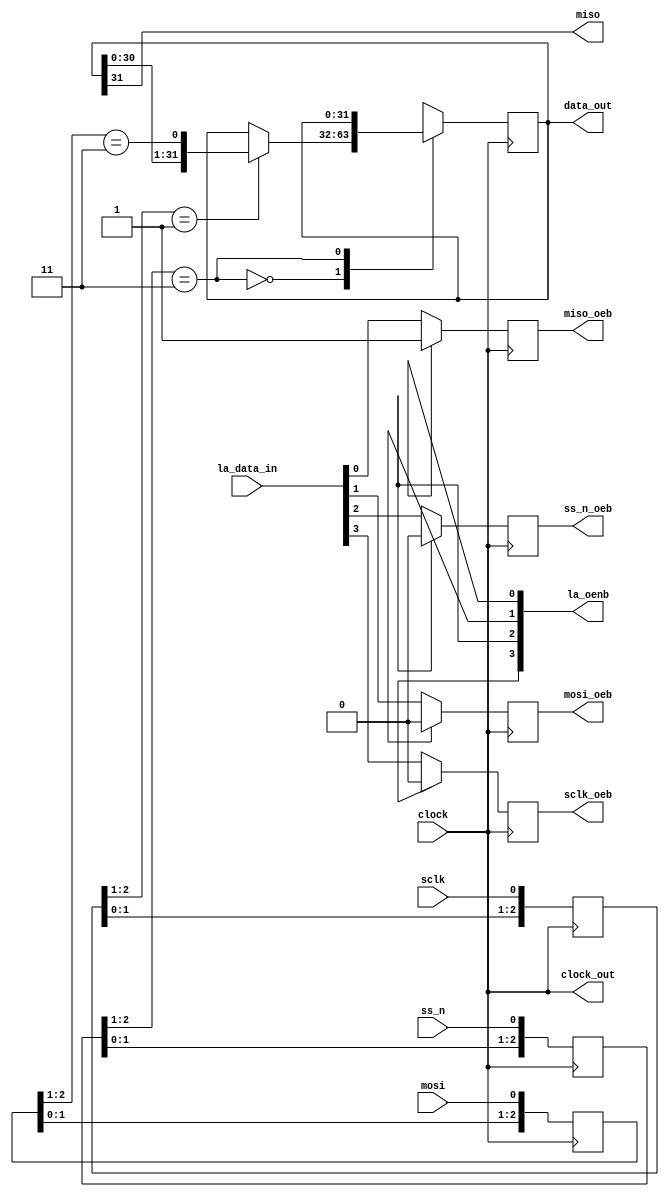
// SPDX-FileCopyrightText: 2020 Efabless Corporation
//
// Licensed under the Apache License, Version 2.0 (the "License");
// you may not use this file except in compliance with the License.
// You may obtain a copy of the License at
//
//      http://www.apache.org/licenses/LICENSE-2.0
//
// Unless required by applicable law or agreed to in writing, software
// distributed under the License is distributed on an "AS IS" BASIS,
// WITHOUT WARRANTIES OR CONDITIONS OF ANY KIND, either express or implied.
// See the License for the specific language governing permissions and
// limitations under the License.
// SPDX-License-Identifier: Apache-2.0

`default_nettype none
/*
 *-------------------------------------------------------------
 *
 * spi_controller
 *
 *
 *-------------------------------------------------------------
 */
module spi_core(
`ifdef USE_POWER_PINS
    inout wire vss,	// User area 2 analog ground
    inout wire vdd,	// User area 1 1.8V supply
`endif
  input wire clock,
  output wire [31:0] data_out,
  output wire clock_out,
  output wire miso,
  output reg  miso_oeb,
  input wire  mosi,
  output reg  mosi_oeb,
  input wire  ss_n,
  output reg  ss_n_oeb,
  input wire  sclk,
  output reg  sclk_oeb,
  output reg  [3:0] la_oenb,
  input  wire [3:0] la_data_in
);

  reg [2:0] sclk_reg;
  reg [2:0] ss_n_reg;
  reg [2:0] mosi_reg;
  reg [31:0] spi_data;

  wire sclk_rising_edge;
  wire ss_n_enable;
  wire mosi_data;


  always@(posedge clock)
  begin
    miso_oeb      = (~la_oenb[0]) ? la_data_in[0]   : 1'b1;       
    mosi_oeb      = (~la_oenb[1]) ? la_data_in[1]   : 1'b0;       
    ss_n_oeb      = (~la_oenb[2]) ? la_data_in[2]   : 1'b0;       
    sclk_oeb      = (~la_oenb[3]) ? la_data_in[3]   : 1'b0;       
  end

  assign clock_out = clock;

  always@(posedge clock)
  sclk_reg <= {sclk_reg[1:0],sclk};

  always@(posedge clock)
  ss_n_reg <= {ss_n_reg[1:0],ss_n};

  always@(posedge clock)
  mosi_reg <= {mosi_reg[1:0],mosi};

  assign sclk_rising_edge = (sclk_reg[2:1] == 2'b01);
  assign ss_n_enable = (ss_n_reg[2:1] == 3'b11);
  assign mosi_data = (mosi_reg[2:1] == 3'b11);

  /*always@(posedge clock)
  begin
    case({enable_sn,ss_n_enable,data_valid_n})
      3'b000: spi_data <= sclk_rising_edge ? {spi_data[30:0],mosi_data} : spi_data;
      3'b001: spi_data <= sclk_rising_edge ? {spi_data[30:0],mosi_data} : spi_data;
      3'b001: spi_data <= sclk_rising_edge ? {spi_data[30:0],mosi_data} : spi_data;
      3'b010: spi_data <= data_in;
      3'b011: spi_data <= spi_data;
      default: spi_data <= 32'hDEADBEEF;
    endcase
  end*/
  always@(posedge clock)
  begin
    case(ss_n_enable)
      1'b0: spi_data <= sclk_rising_edge ? {spi_data[30:0],mosi_data} : spi_data;
      1'b1: spi_data <= spi_data;
    endcase
  end


  assign data_out = spi_data;
  assign miso = spi_data[31];


endmodule